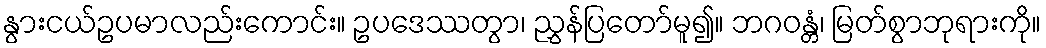
နွားငယ်ဥပမာလည်းကောင်း။ ဥပဒေဿတွာ၊ ညွှန်ပြတော်မူ၍။ ဘဂဝန္တံ၊ မြတ်စွာဘုရားကို။